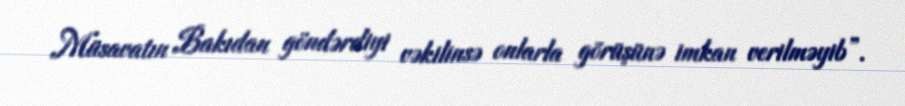
Müsavatın Bakıdan göndərdiyi vəkilinsə onlarla görüşünə imkan verilməyib”.